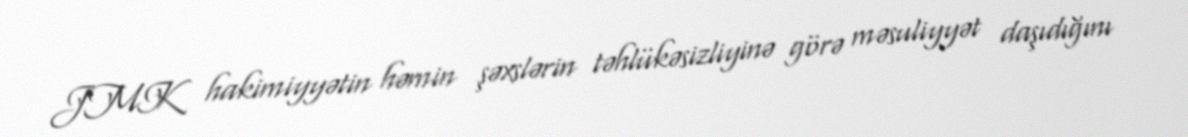
JMK hakimiyyətin həmin şəxslərin təhlükəsizliyinə görə məsuliyyət daşıdığını